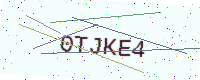
Text: 0TJKE4